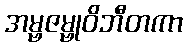
အမ္ဗဇမ္ဗုဝိဘီတကာ